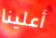
أعلينا